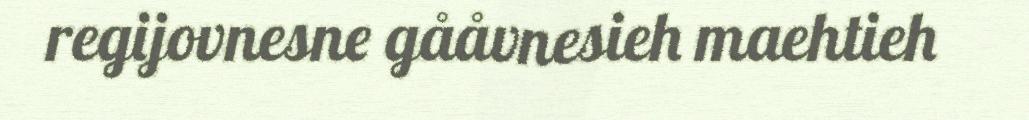
regijovnesne gååvnesieh maehtieh